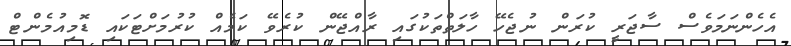
އެހެންނަމަވެސް ސާޖަރީ ކުރަން ނުޖެހޭ ހާލަތްތަކުގައި ރާއްޖޭން ކުރެވޭ ކަމެއް ކުރުމަށްޓަކައި ޑޮމިއުމެންޓް